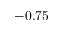
- 0 . 7 5